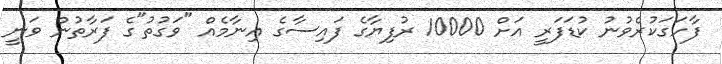
ފާހަގަކުރެވުނު ކުޑަފަރީ އަށް 10000 ރުފިޔާގެ ފައިސާގެ އިނާމެއް "ވަގުތު"ގެ ފަރާތުން ވަނީ